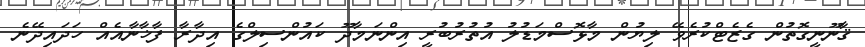
ޤާނޫނީގޮތުން ގެޒެޓްކުރެވޭ ލިޔުން މާޅޮސްމަޑުލު އުތުރުބުރީ އިންނަމާދޫ ކައުންސިލްގެ އިދާރާ ފާޚާނާއެއް ހަދައިދޭނެ